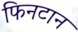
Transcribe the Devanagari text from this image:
फिनटान